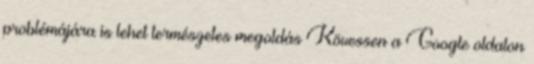
problémájára is lehet természetes megoldás Kövessen a Google oldalon